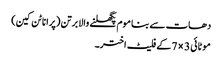
دھات سے بنا موم پگھلنے والا برتن (پرانا ٹن کین)
موٹائی 3 × 7 کے فلیٹ اختر۔